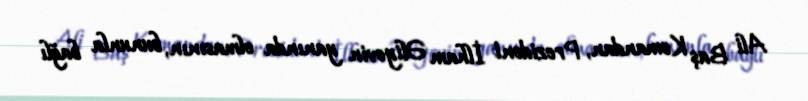
Ali Baş Komandan, Prezident İlham Əliyevin yanında olmasının, bununla bağlı